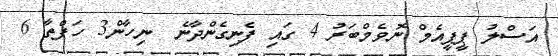
އަސްލު ޕީޕީއެމް ނޮވެމްބަރު 4 ގައި ފެނިގެންދާނެ  ނިހާން3 ހަފްތާ 6